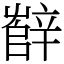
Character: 辥